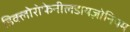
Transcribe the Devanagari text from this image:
डिक्लोरोफेनीलडायज़ोनियम